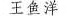
王鱼洋